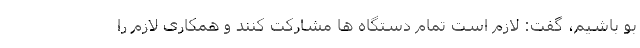
بو باشیم، گفت: لازم است تمام دستگاه ها مشارکت کنند و همکاری لازم را